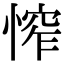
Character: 𢞲